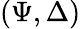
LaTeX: \left(\Psi,\Delta\right)